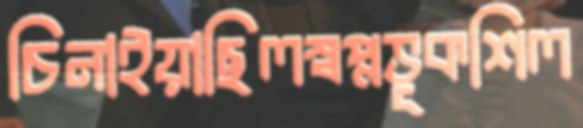
চিনাইয়াছিলস্বপ্নভূকশিল